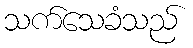
သက်သေခံသည်